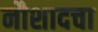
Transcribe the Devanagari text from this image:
नौशादचा